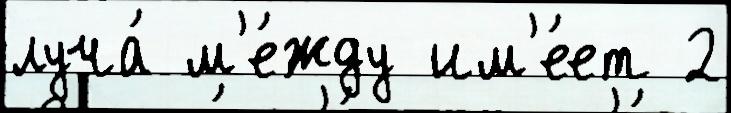
луча́ м'е́жду им'е́ет 2